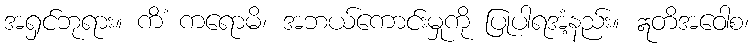
အရှင်ဘုရား။ ကိံ ကရောမိ၊ အဘယ်ကောင်းမှုကို ပြုပါရအံ့နည်း။ ဣတိအဝေါစ၊